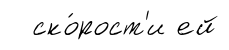
ско́рост'и ей